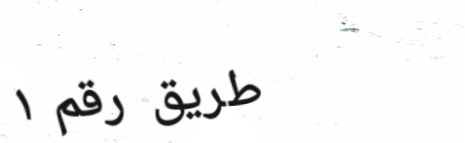
طريق رقم ١